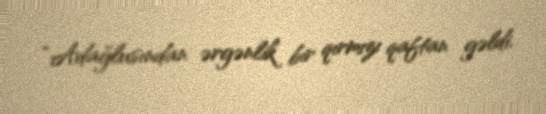
“Adağlusından ərgənlik bir qırmızı qaftan gəldi.